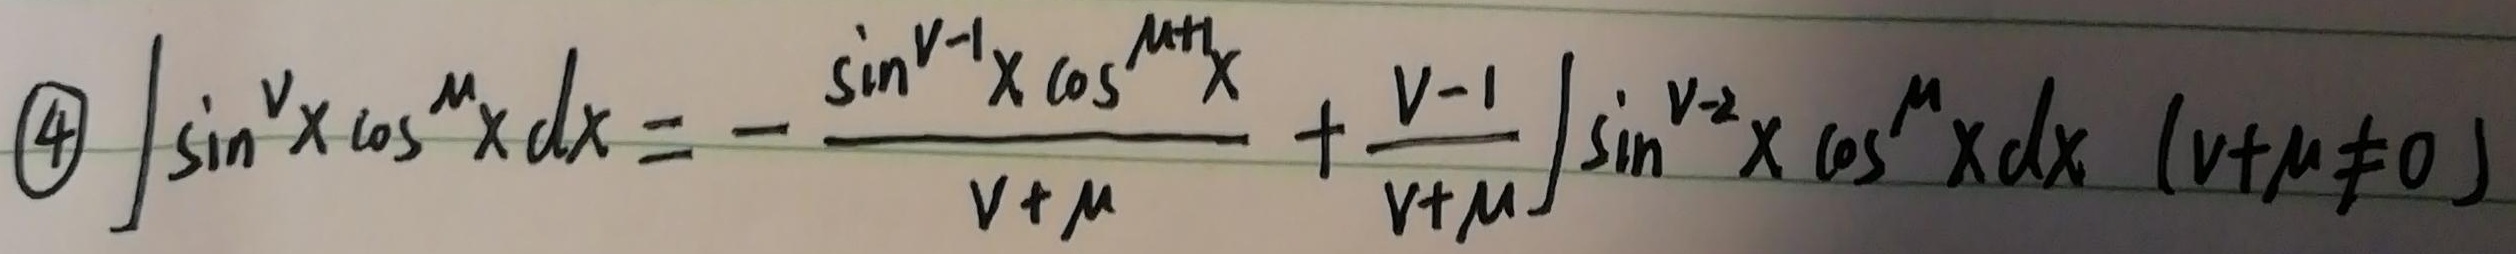
\textcircled{4}\(\int\sin^{v}x\cos^{m}x\mathrm{d}x = -\frac{\sin^{v - 1}x\cos^{m + 1}x}{v + m}+\frac{v - 1}{v + m}\int\sin^{v - 2}x\cos^{m}x\mathrm{d}x\ (v + m\neq0)\)